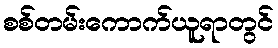
စစ်တမ်းကောက်ယူရာတွင်